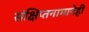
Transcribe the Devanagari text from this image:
संक्षिप्तनामानेही